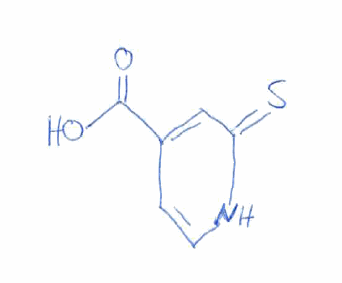
Simplified molecular-input line-entry system (SMILES) notation of the given molecule:
C1=CNC(=S)C=C1C(=O)O